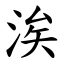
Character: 涘